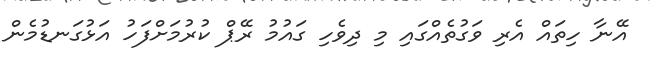
އޭނާ ހިތައް އެރި ވަގުތެއްގައި މި ދިވެހި ގައުމު ރޭޕް ކުރުމަށްފަހު އަޅުގަނޑުމެން